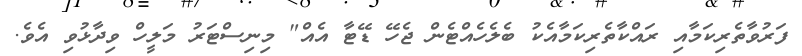
ފަރުވާތެރިކަމާއި ރައްކާތެރިކަމާއެކު ބެލެހެއްޓެން ޖެހޭ ޑޭޓާ އެއް" މިނިސްޓަރު މަލީހް ވިދާޅުވި އެވެ.